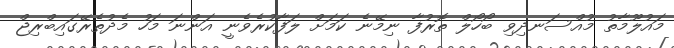
މައުލޫމާތު މުއްސަނދިވި ބޯހޯލް ތޮރުފާ ނިމޭނެ ކަމަށް ލަފާކުރެވެނީ އަންނަ މަހު މެދުތެރޭގައިބްރިޖް